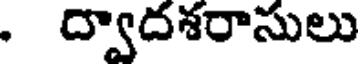
. ద్వాదశరాసులు